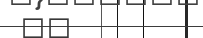
٤٤